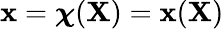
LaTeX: \mathbf{x}={\boldsymbol{\chi}}(\mathbf{X})=\mathbf{x}(\mathbf{X})